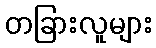
တခြားလူများ